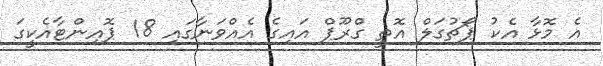
އެ މޮޅާ އެކު ޕޯޗުގަލް އޮތީ ގްރޫޕް އައިގެ އެއްވަނާގައި 18 ޕޮއިންޓާއެކީގަ